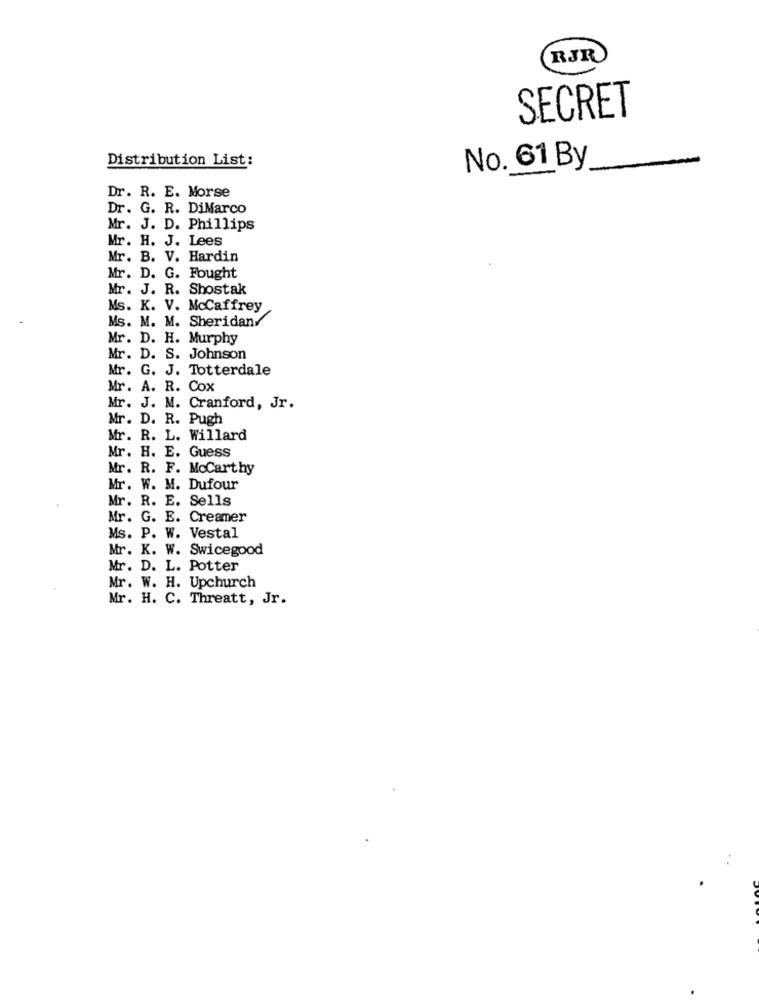
RJR
SECRET
Distribution List:
No. 61 By
Dr. R. E. Morse
Dr. G. R. DiMarco
Mr. J. D. Phillips
Mr. H. J. Lees
Mr. B. V. Hardin
Mr. D. G. Fought
Mr. J. R. Shostak
Ms. K. V. McCaffrey
Ms. M. M. Sheridan/
Mr. D. H. Murphy
Mr. D. S. Johnson
Mr. G. J. Totterdale
Mr. A. R. Cox
Mr. J. M. Cranford, Jr.
Mr. D. R. Pugh
Mr. R. L. Willard
Mr. H. E. Guess
Mr. R. F. MoCarthy
Mr. W. M. Dufour
Mr. R. E. Sells
Mr. G. E. Creamer
Ms. P. W. Vestal
Mr. K. W. Swicegood
Mr. D. L. Potter
Mr. W. H. Upchurch
Mr. H. C. Threatt, Jr.